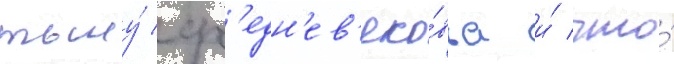
тьму́ ср'едн'ев'еко́вья и́ что́